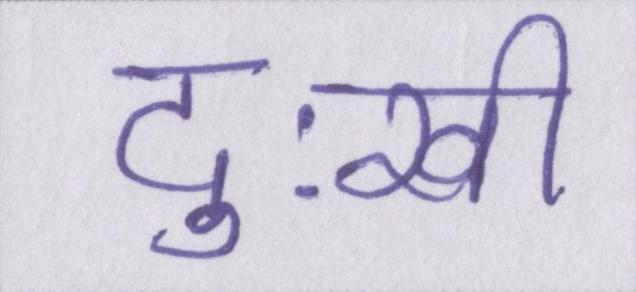
दुःखी